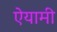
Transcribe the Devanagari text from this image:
ऐयामी